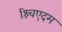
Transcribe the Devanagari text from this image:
श्र्चिएदम